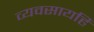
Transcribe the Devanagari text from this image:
व्यवसायहि